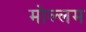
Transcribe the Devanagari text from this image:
मोल्लम